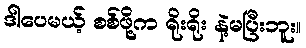
ဒါပေမယ့် စစ်ဖို့က ရိုးရိုး နဲ့မပြီးဘူး။